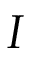
I